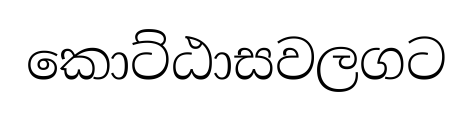
කොට්ඨාසවලගට